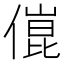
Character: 𠍕